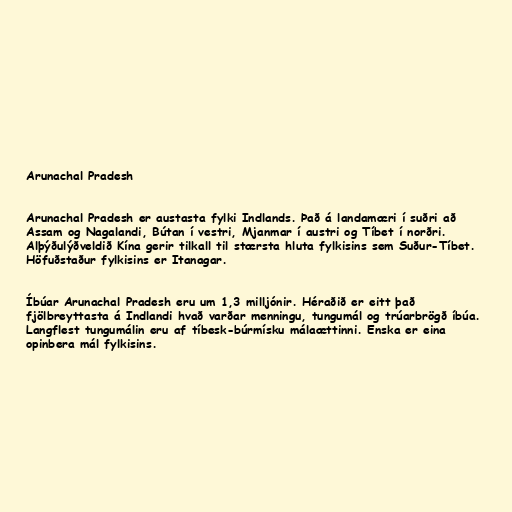
Arunachal Pradesh

Arunachal Pradesh er austasta fylki Indlands. Það á landamæri í suðri að
Assam og Nagalandi, Bútan í vestri, Mjanmar í austri og Tíbet í norðri.
Alþýðulýðveldið Kína gerir tilkall til stærsta hluta fylkisins sem Suður-Tíbet.
Höfuðstaður fylkisins er Itanagar.

Íbúar Arunachal Pradesh eru um 1,3 milljónir. Héraðið er eitt það
fjölbreyttasta á Indlandi hvað varðar menningu, tungumál og trúarbrögð íbúa.
Langflest tungumálin eru af tíbesk-búrmísku málaættinni. Enska er eina
opinbera mál fylkisins.